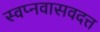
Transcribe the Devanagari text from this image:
स्वप्नवासवदत्त